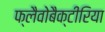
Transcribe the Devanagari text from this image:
फ्लैवोबैक्टीरिया